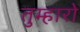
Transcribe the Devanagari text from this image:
तुम्‍हारो